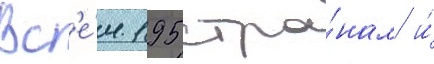
Вс'е́м 195 стра́нам и́